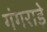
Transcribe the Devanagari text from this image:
गंगराड़े